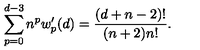
\sum _ { p = 0 } ^ { d - 3 } n ^ { p } w _ { p } ^ { \prime } ( d ) = { \frac { ( d + n - 2 ) ! } { ( n + 2 ) n ! } } .